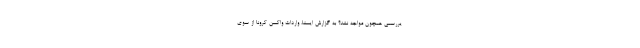
یررسمی همچون مواجه نشد؟ به گزارش ایسنا، واردات واکسن کرونا از سوی